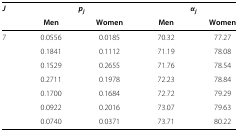
| J | <COLSPAN=2> pj | <COLSPAN=2> αj |
 |  | Men | Women | Men | Women |
 | --- | --- | --- | --- | --- |
 | 7 | 0.0556 | 0.0185 | 70.32 | 77.27 |
 |  | 0.1841 | 0.1112 | 71.19 | 78.08 |
 |  | 0.1529 | 0.2655 | 71.76 | 78.54 |
 |  | 0.2711 | 0.1978 | 72.23 | 78.84 |
 |  | 0.1700 | 0.1684 | 72.72 | 79.29 |
 |  | 0.0922 | 0.2016 | 73.07 | 79.63 |
 |  | 0.0740 | 0.0371 | 73.71 | 80.22 |